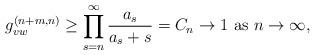
LaTeX: \begin{align*}g_{vw}^{(n+m,n)} \geq \prod_{s = n}^{\infty} \frac{a_s}{a_s + s} =C_n \to 1 \mbox{ as } n\rightarrow \infty,\end{align*}